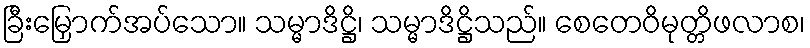
ခြီးမြှောက်အပ်သော။ သမ္မာဒိဋ္ဌိ၊ သမ္မာဒိဋ္ဌိသည်။ စေတေဝိမုတ္တိဖလာစ၊